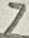
Text: 7